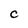
Character: c